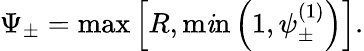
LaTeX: \Psi_{\pm}=\operatorname*{max}\left[R,\operatorname*{m\mathit{i}n}\left(1,\psi_{\pm}^{(1)}\right)\right].